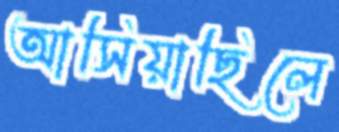
আসিয়াছিলে